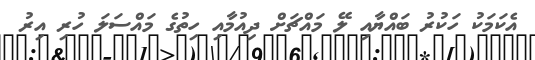
އެކަމަކު ހަކުރު ބައްޔާއި ލޭ މައްޗަށް ދިއުމާއި ހިތުގެ މައްސަލަ ހުރި އިރު